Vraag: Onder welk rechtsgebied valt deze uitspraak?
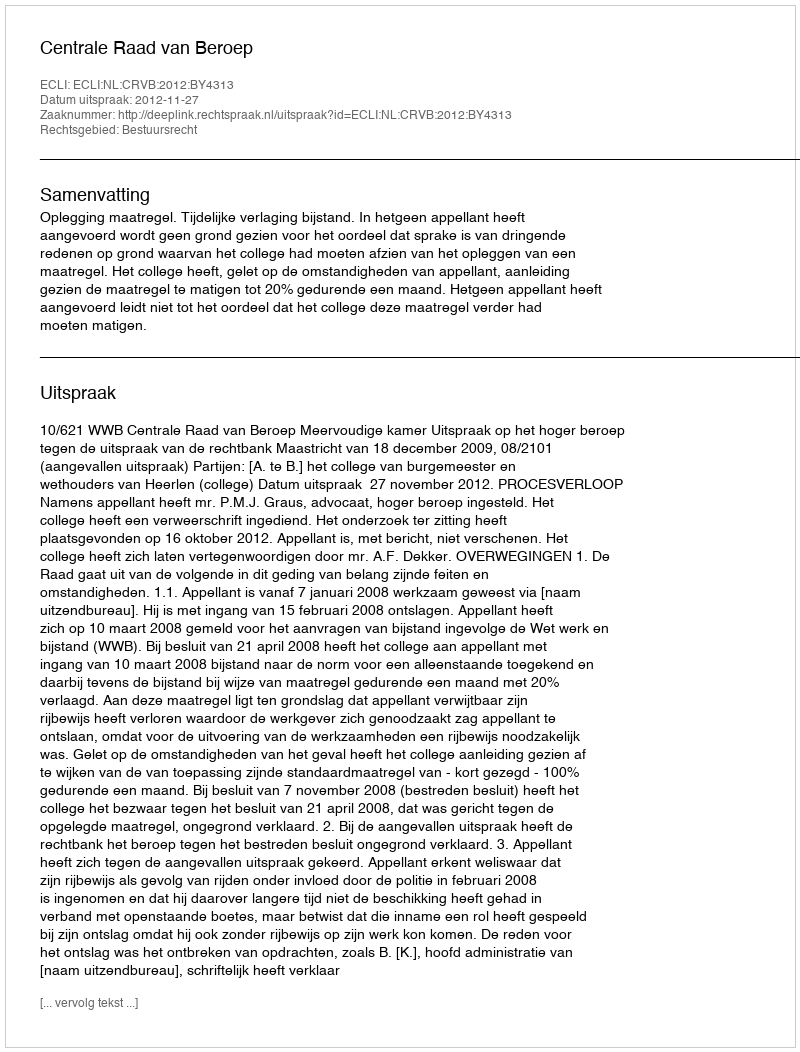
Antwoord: Bestuursrecht